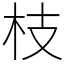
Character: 枝